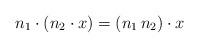
LaTeX: \begin{align*} n_1 \cdot (n_2 \cdot x) = (n_1 \, n_2) \cdot x\end{align*}